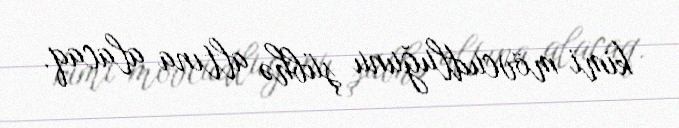
kimi mövcudluğunu şübhə altına alacaq.